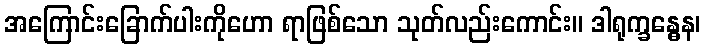
အကြောင်းခြောက်ပါးကိုဟော ရာဖြစ်သော သုတ်လည်းကောင်း။ ဒါရုက္ခန္ဓေန၊